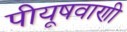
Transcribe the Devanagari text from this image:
पीयूषवाणी